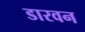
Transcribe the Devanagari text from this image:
डारवन